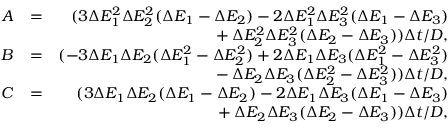
\begin{array} { r l r } { A } & { = } & { ( 3 \Delta E _ { 1 } ^ { 2 } \Delta E _ { 2 } ^ { 2 } ( \Delta E _ { 1 } - \Delta E _ { 2 } ) - 2 \Delta E _ { 1 } ^ { 2 } \Delta E _ { 3 } ^ { 2 } ( \Delta E _ { 1 } - \Delta E _ { 3 } ) \strut } \\ & { } & { \strut + \Delta E _ { 2 } ^ { 2 } \Delta E _ { 3 } ^ { 2 } ( \Delta E _ { 2 } - \Delta E _ { 3 } ) ) \Delta t / D , } \\ { B } & { = } & { ( - 3 \Delta E _ { 1 } \Delta E _ { 2 } ( \Delta E _ { 1 } ^ { 2 } - \Delta E _ { 2 } ^ { 2 } ) + 2 \Delta E _ { 1 } \Delta E _ { 3 } ( \Delta E _ { 1 } ^ { 2 } - \Delta E _ { 3 } ^ { 2 } ) \strut } \\ & { } & { \strut - \Delta E _ { 2 } \Delta E _ { 3 } ( \Delta E _ { 2 } ^ { 2 } - \Delta E _ { 3 } ^ { 2 } ) ) \Delta t / D , } \\ { C } & { = } & { ( 3 \Delta E _ { 1 } \Delta E _ { 2 } ( \Delta E _ { 1 } - \Delta E _ { 2 } ) - 2 \Delta E _ { 1 } \Delta E _ { 3 } ( \Delta E _ { 1 } - \Delta E _ { 3 } ) \strut } \\ & { } & { \strut + \Delta E _ { 2 } \Delta E _ { 3 } ( \Delta E _ { 2 } - \Delta E _ { 3 } ) ) \Delta t / D , } \end{array}